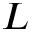
L